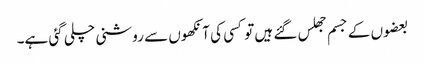
بعضوں کے جسم جھلس گئے ہیں تو کسی کی آنکھوں سے روشنی چلی گئی ہے۔